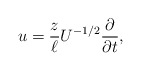
\begin{align*}u = \frac{z}{\ell}U^{-1/2} \frac{\partial}{\partial t},\end{align*}